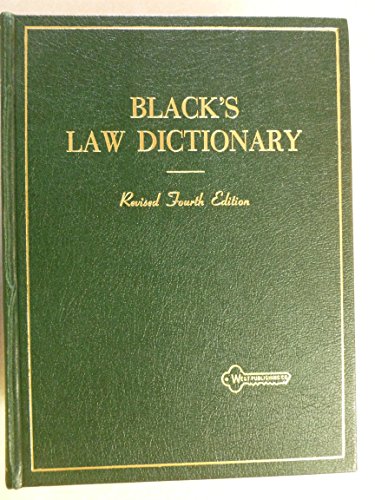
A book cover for Black's Law Dictionary Revised Fourth Edition; Henry Campbell Black; Law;